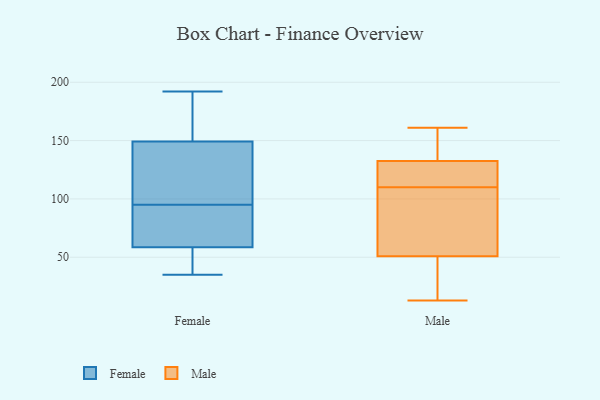
{"axis": {"x": "Net Income (USD K)", "y": "Value"}, "legend": ["Female", "Male"], "data": [{"x": "", "y": 57, "type": "Female"}, {"x": "", "y": 35, "type": "Female"}, {"x": "", "y": 60, "type": "Female"}, {"x": "", "y": 119, "type": "Female"}, {"x": "", "y": 95, "type": "Female"}, {"x": "", "y": 155, "type": "Female"}, {"x": "", "y": 72, "type": "Female"}, {"x": "", "y": 192, "type": "Female"}, {"x": "", "y": 157, "type": "Female"}, {"x": "", "y": 190, "type": "Female"}, {"x": "", "y": 58, "type": "Female"}, {"x": "", "y": 132, "type": "Female"}, {"x": "", "y": 127, "type": "Female"}, {"x": "", "y": 87, "type": "Female"}, {"x": "", "y": 44, "type": "Female"}, {"x": "", "y": 124, "type": "Male"}, {"x": "", "y": 133, "type": "Male"}, {"x": "", "y": 131, "type": "Male"}, {"x": "", "y": 109, "type": "Male"}, {"x": "", "y": 42, "type": "Male"}, {"x": "", "y": 54, "type": "Male"}, {"x": "", "y": 109, "type": "Male"}, {"x": "", "y": 159, "type": "Male"}, {"x": "", "y": 135, "type": "Male"}, {"x": "", "y": 158, "type": "Male"}, {"x": "", "y": 53, "type": "Male"}, {"x": "", "y": 40, "type": "Male"}, {"x": "", "y": 110, "type": "Male"}, {"x": "", "y": 13, "type": "Male"}, {"x": "", "y": 50, "type": "Male"}, {"x": "", "y": 111, "type": "Male"}, {"x": "", "y": 122, "type": "Male"}, {"x": "", "y": 161, "type": "Male"}, {"x": "", "y": 38, "type": "Male"}]}